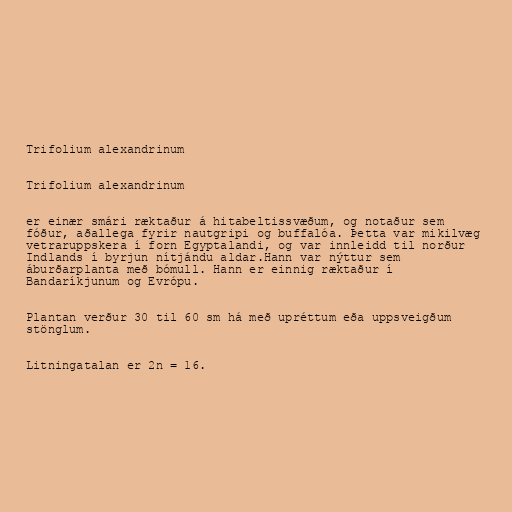
Trifolium alexandrinum

Trifolium alexandrinum

er einær smári ræktaður á hitabeltissvæðum, og notaður sem
fóður, aðallega fyrir nautgripi og buffalóa. Þetta var mikilvæg
vetraruppskera í forn Egyptalandi, og var innleidd til norður
Indlands í byrjun nítjándu aldar.Hann var nýttur sem
áburðarplanta með bómull. Hann er einnig ræktaður í
Bandaríkjunum og Evrópu.

Plantan verður 30 til 60 sm há með upréttum eða uppsveigðum
stönglum.

Litningatalan er 2n = 16.